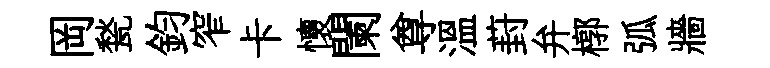
岡甃鈞窄卡懷闌尊温葑弁槨弧牆